Report of the Municipal Commissioner on the plague in Bombay for the year ending 31st May... - Volume 1
Disease focus: Plague
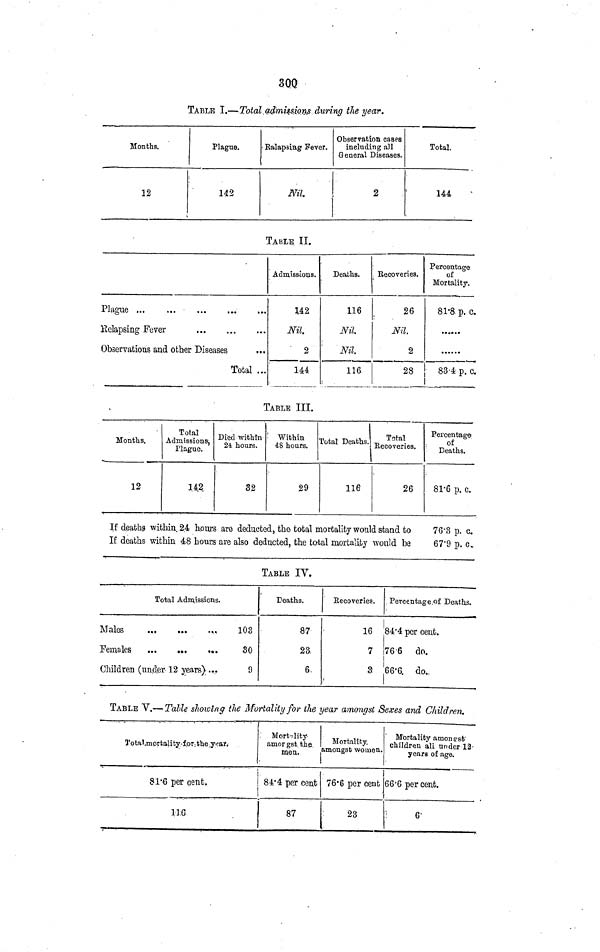
300
TABLE I.—Total admissions during the year.
Months.
12
Plague.
142
Ralapsing Fever.
Nil.
Observation cases
including all
General Diseases.
2
Total.
144
TABLE II.
Plague
Relapsing Fever
Observations and other Diseases
Total ...
Admissions.
142
Nil.
2
144
Deaths.
116
Nil.
Nil.
116
Recoveries.
26
Nil.
2
28
Percentage
of
Mortality.
81.8 p. c.
83.4 p. c.
TABLE III.
Months.
12
Total
Admissions,
Plague.
142
Died within
24 hours.
32
Within
48 hours.
29
Total Deaths.
116
Total
Recoveries.
26
Percentage
of
Deaths.
81.6 p. c.
If deaths within 24 hours are deducted, the total mortality would stand to
76.3 p. c.
If deaths within 48 hours are also deducted, the total mortality would be
67.9 p. c.
TABLE IV.
Total Admissions.
Males
.
103
Females
30
Children (under 12 years) ...
9
Deaths.
87
23
6
Eecoveries.
16
7
3
Percentage of Deaths.
84.4 per cent.
76.6
do.
66.6 do.
TABLE V.— Talle showing the Mortality for the year amongst Sexes and Children.
Total mortality for the year.
8 1.6 per cent.
ll6
Mortality
amongst the
men.
84.4 per cent
87
Mortality,
amongst women.
76.6 per cent
'
23
Mortality amónese
children all under 12
years of age.
66.6 per cent.
6